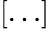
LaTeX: [\dots]